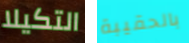
التكيلا بالحقيبة